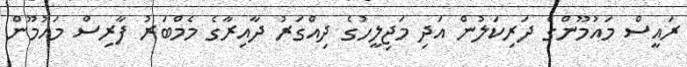
ރައީސް މައުމޫންގެ ދަރިކަލުން އަދި މަޖިލީހުގެ ދިއްގަރު ދާއިރާގެ މެމްބަރު ފާރިސް މައުމޫން